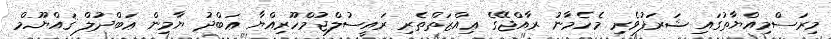
މިރަސްމިއްޔާތުގައި ޝަރަފުވެރި މެހެމާނު ރާއްޖޭގެ ޢިއްޒަތްތެރި ރައީސުލްޖުމްހޫރިއްޔާ ޢަބްދު ޔާމިން ޢަބްދުލް ޤައްޔޫމް